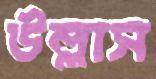
উল্লাস